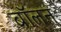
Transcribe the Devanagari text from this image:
बॉलन